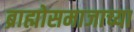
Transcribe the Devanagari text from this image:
ब्राह्मोसमाजाच्या